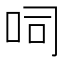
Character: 呞